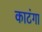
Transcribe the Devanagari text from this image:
काटंगा